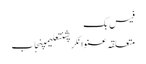
فیس بک
متعلقہ عنوانکرپشنتعلیمپنجاب